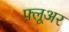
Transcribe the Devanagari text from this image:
फ़्लूअर